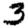
Digit: 3